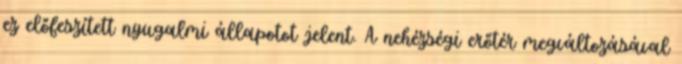
ez előfeszített nyugalmi állapotot jelent. A nehézségi erőtér megváltozásával